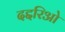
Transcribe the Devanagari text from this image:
दद्दरिओ